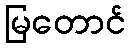
မြတောင်